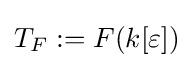
T_{F}:=F(k[\varepsilon ])